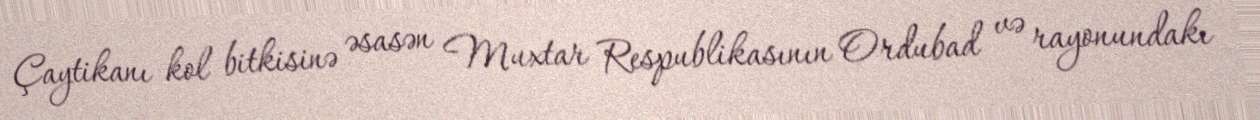
Çaytikanı kol bitkisinə əsasən Muxtar Respublikasının Ordubad və rayonundakı